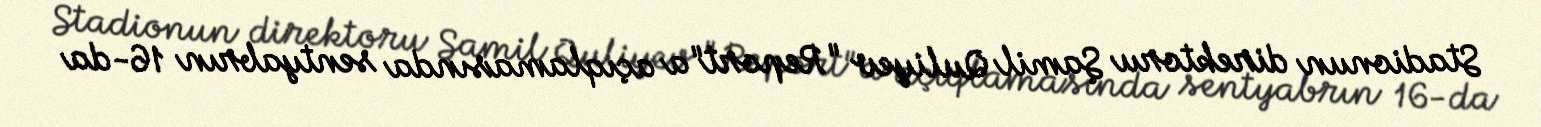
Stadionun direktoru Şamil Quliyev "Report"a açıqlamasında sentyabrın 16-da